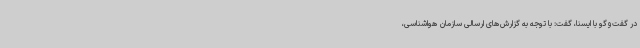
در گفت‌وگو با ایسنا، گفت: با توجه به گزارش‌های ارسالی سازمان هواشناسی،